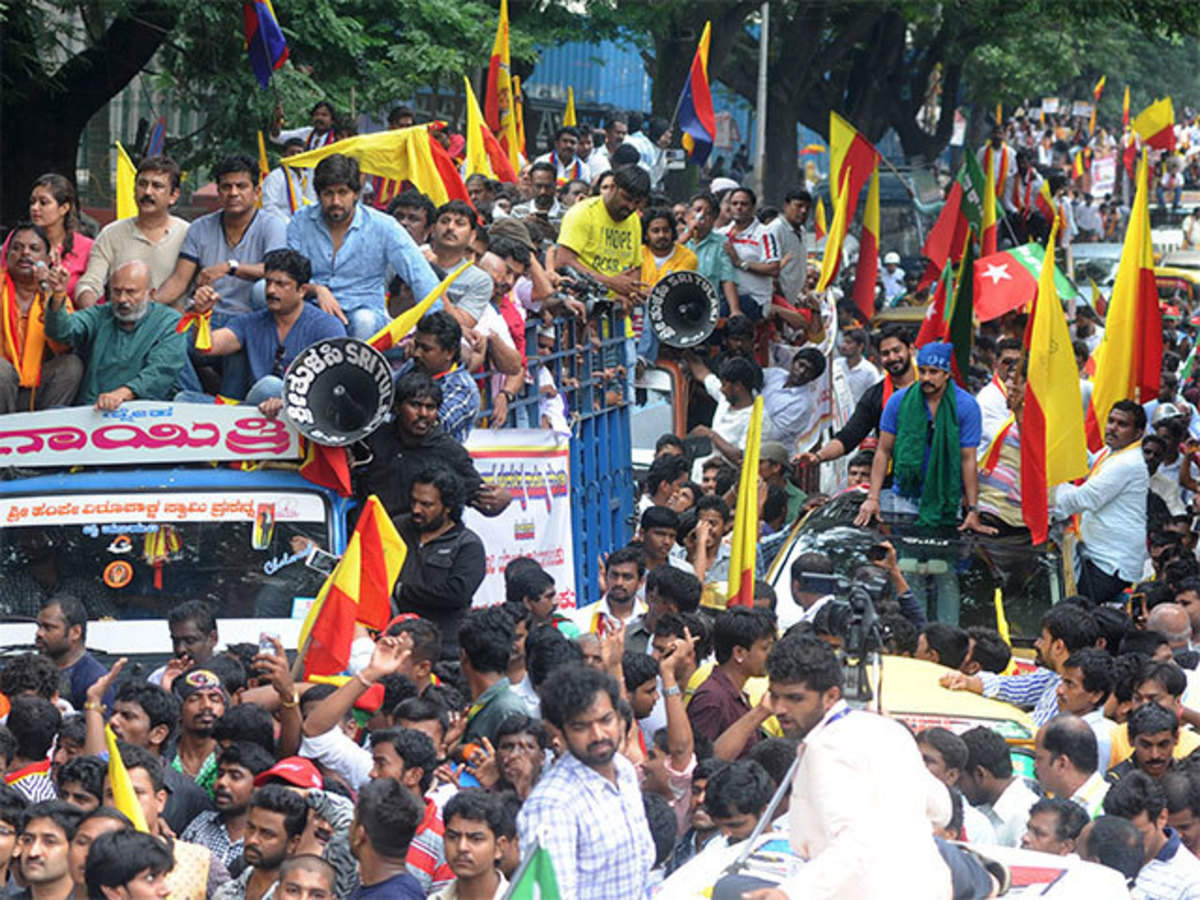
Language: kannada
Transcription: ಗಾಯಿತ್ರಿ